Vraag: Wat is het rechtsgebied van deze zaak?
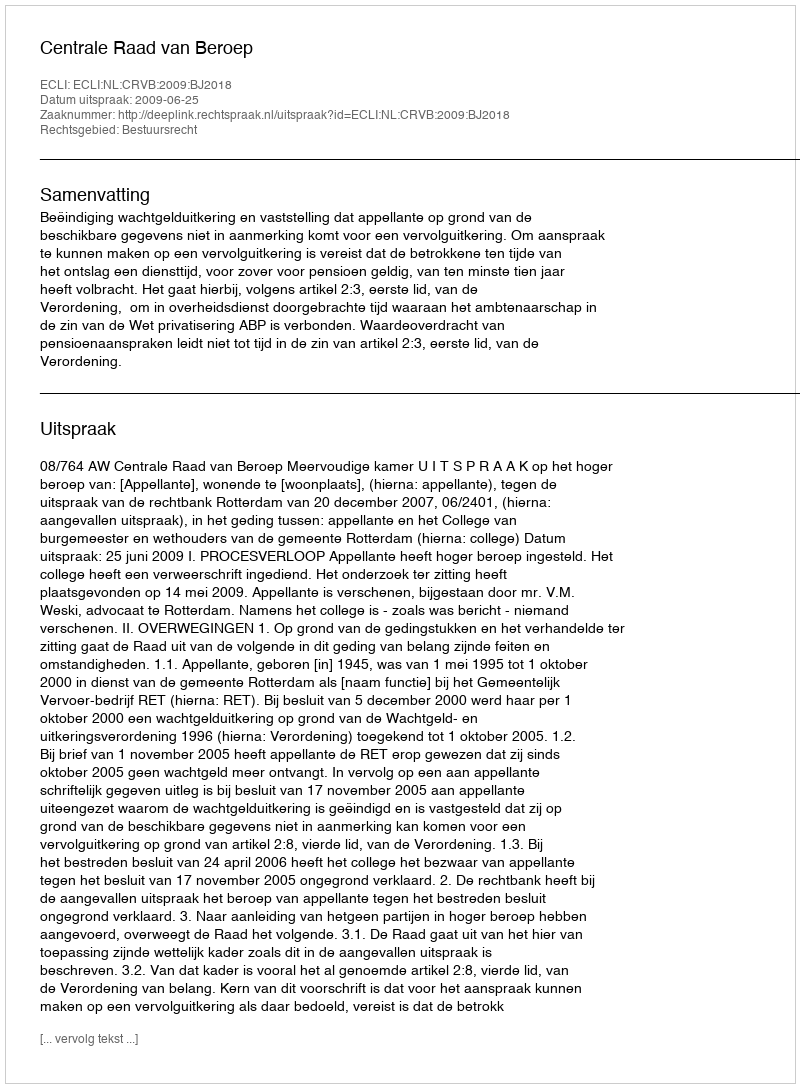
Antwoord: Bestuursrecht